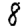
Digit: 8